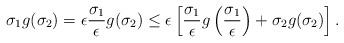
LaTeX: \begin{align*} \sigma_1 g(\sigma_2) = \epsilon \frac{\sigma_1}{\epsilon} g(\sigma_2) \leq \epsilon \left[\frac{\sigma_1}{\epsilon} g\left(\frac{\sigma_1}{\epsilon}\right) + \sigma_2 g(\sigma_2) \right]. \end{align*}